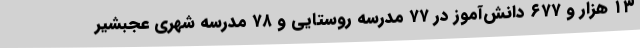
۱۳ هزار و ۶۷۷ دانش‌آموز در ۷۷ مدرسه روستایی و ۷۸ مدرسه شهری عجبشیر